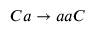
C a \rightarrow a a C